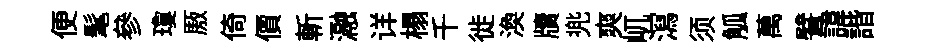
便髦參瓊厫倚價斬瀜详榻千徙渙牘兠爽屼㵼须觚萬譬諱諧